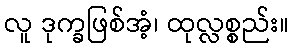
လူ ဒုက္ခဖြစ်အံ့၊ ထုလ္လစ္စည်း။